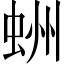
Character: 𧋀